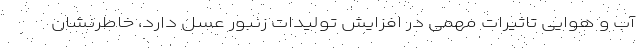
آب و هوایی تاثیرات مهمی در افزایش تولیدات زنبور عسل دارد، خاطرنشان